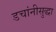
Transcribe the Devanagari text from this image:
डचांनीसुद्धा